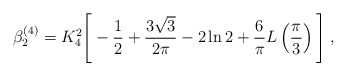
\begin{align*}\beta^{(4)}_2 = K_4^2 \Bigg[ - \frac{1}{2} + \frac{3 \sqrt{3}}{2 \pi} - 2 \ln 2 + \frac{6}{\pi} L \left( \frac{\pi}{3} \right) \Bigg] \; ,\end{align*}